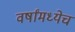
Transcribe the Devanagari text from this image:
वर्षांमध्येच